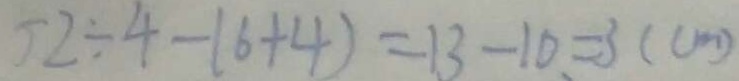
5 2 \div 4 - ( 6 + 4 ) = 1 3 - 1 0 = 3 ( c m )